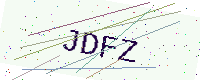
Text: JDFZ